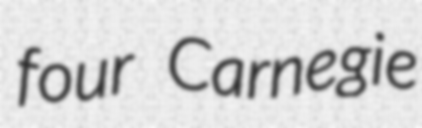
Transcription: four Carnegie